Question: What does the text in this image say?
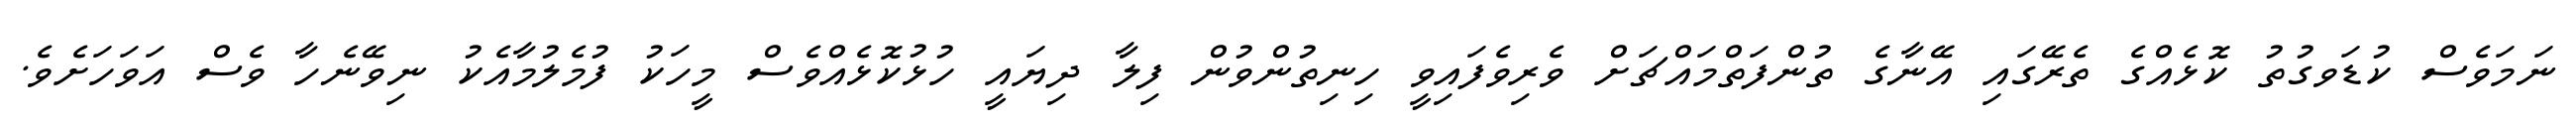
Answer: ނަމަވެސް ކުޑަވގުތު ކޮޅެއްގެ ތެރޭގައި އޭނާގެ ތުންފަތްމައްޗަށް ވެރިވެފައިވީ ހިނިތުންވުން ފިލާ ދިޔައީ ހުޅުކޮޅެއްވެސް މީހަކު ފުމެލުމާއެކު ނިވޭނެހާ ވެސް އަވަހަށެވެ.